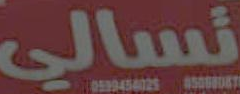
تسالي